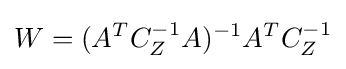
W=(A^{T}C_{Z}^{-1}A)^{-1}A^{T}C_{Z}^{-1}